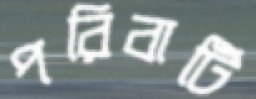
পরিবাটি